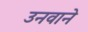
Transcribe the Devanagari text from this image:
उनवाने